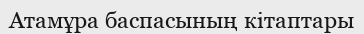
Атамұра баспасының кітаптары